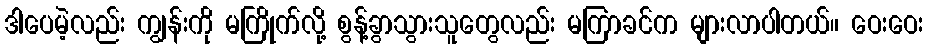
ဒါပေမဲ့လည်း ကျွန်းကို မကြိုက်လို့ စွန့်ခွာသွားသူတွေလည်း မကြာခင်က များလာပါတယ်။ ဝေးဝေး